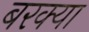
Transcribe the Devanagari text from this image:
बरक्या